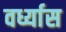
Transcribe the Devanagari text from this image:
वर्ध्यास